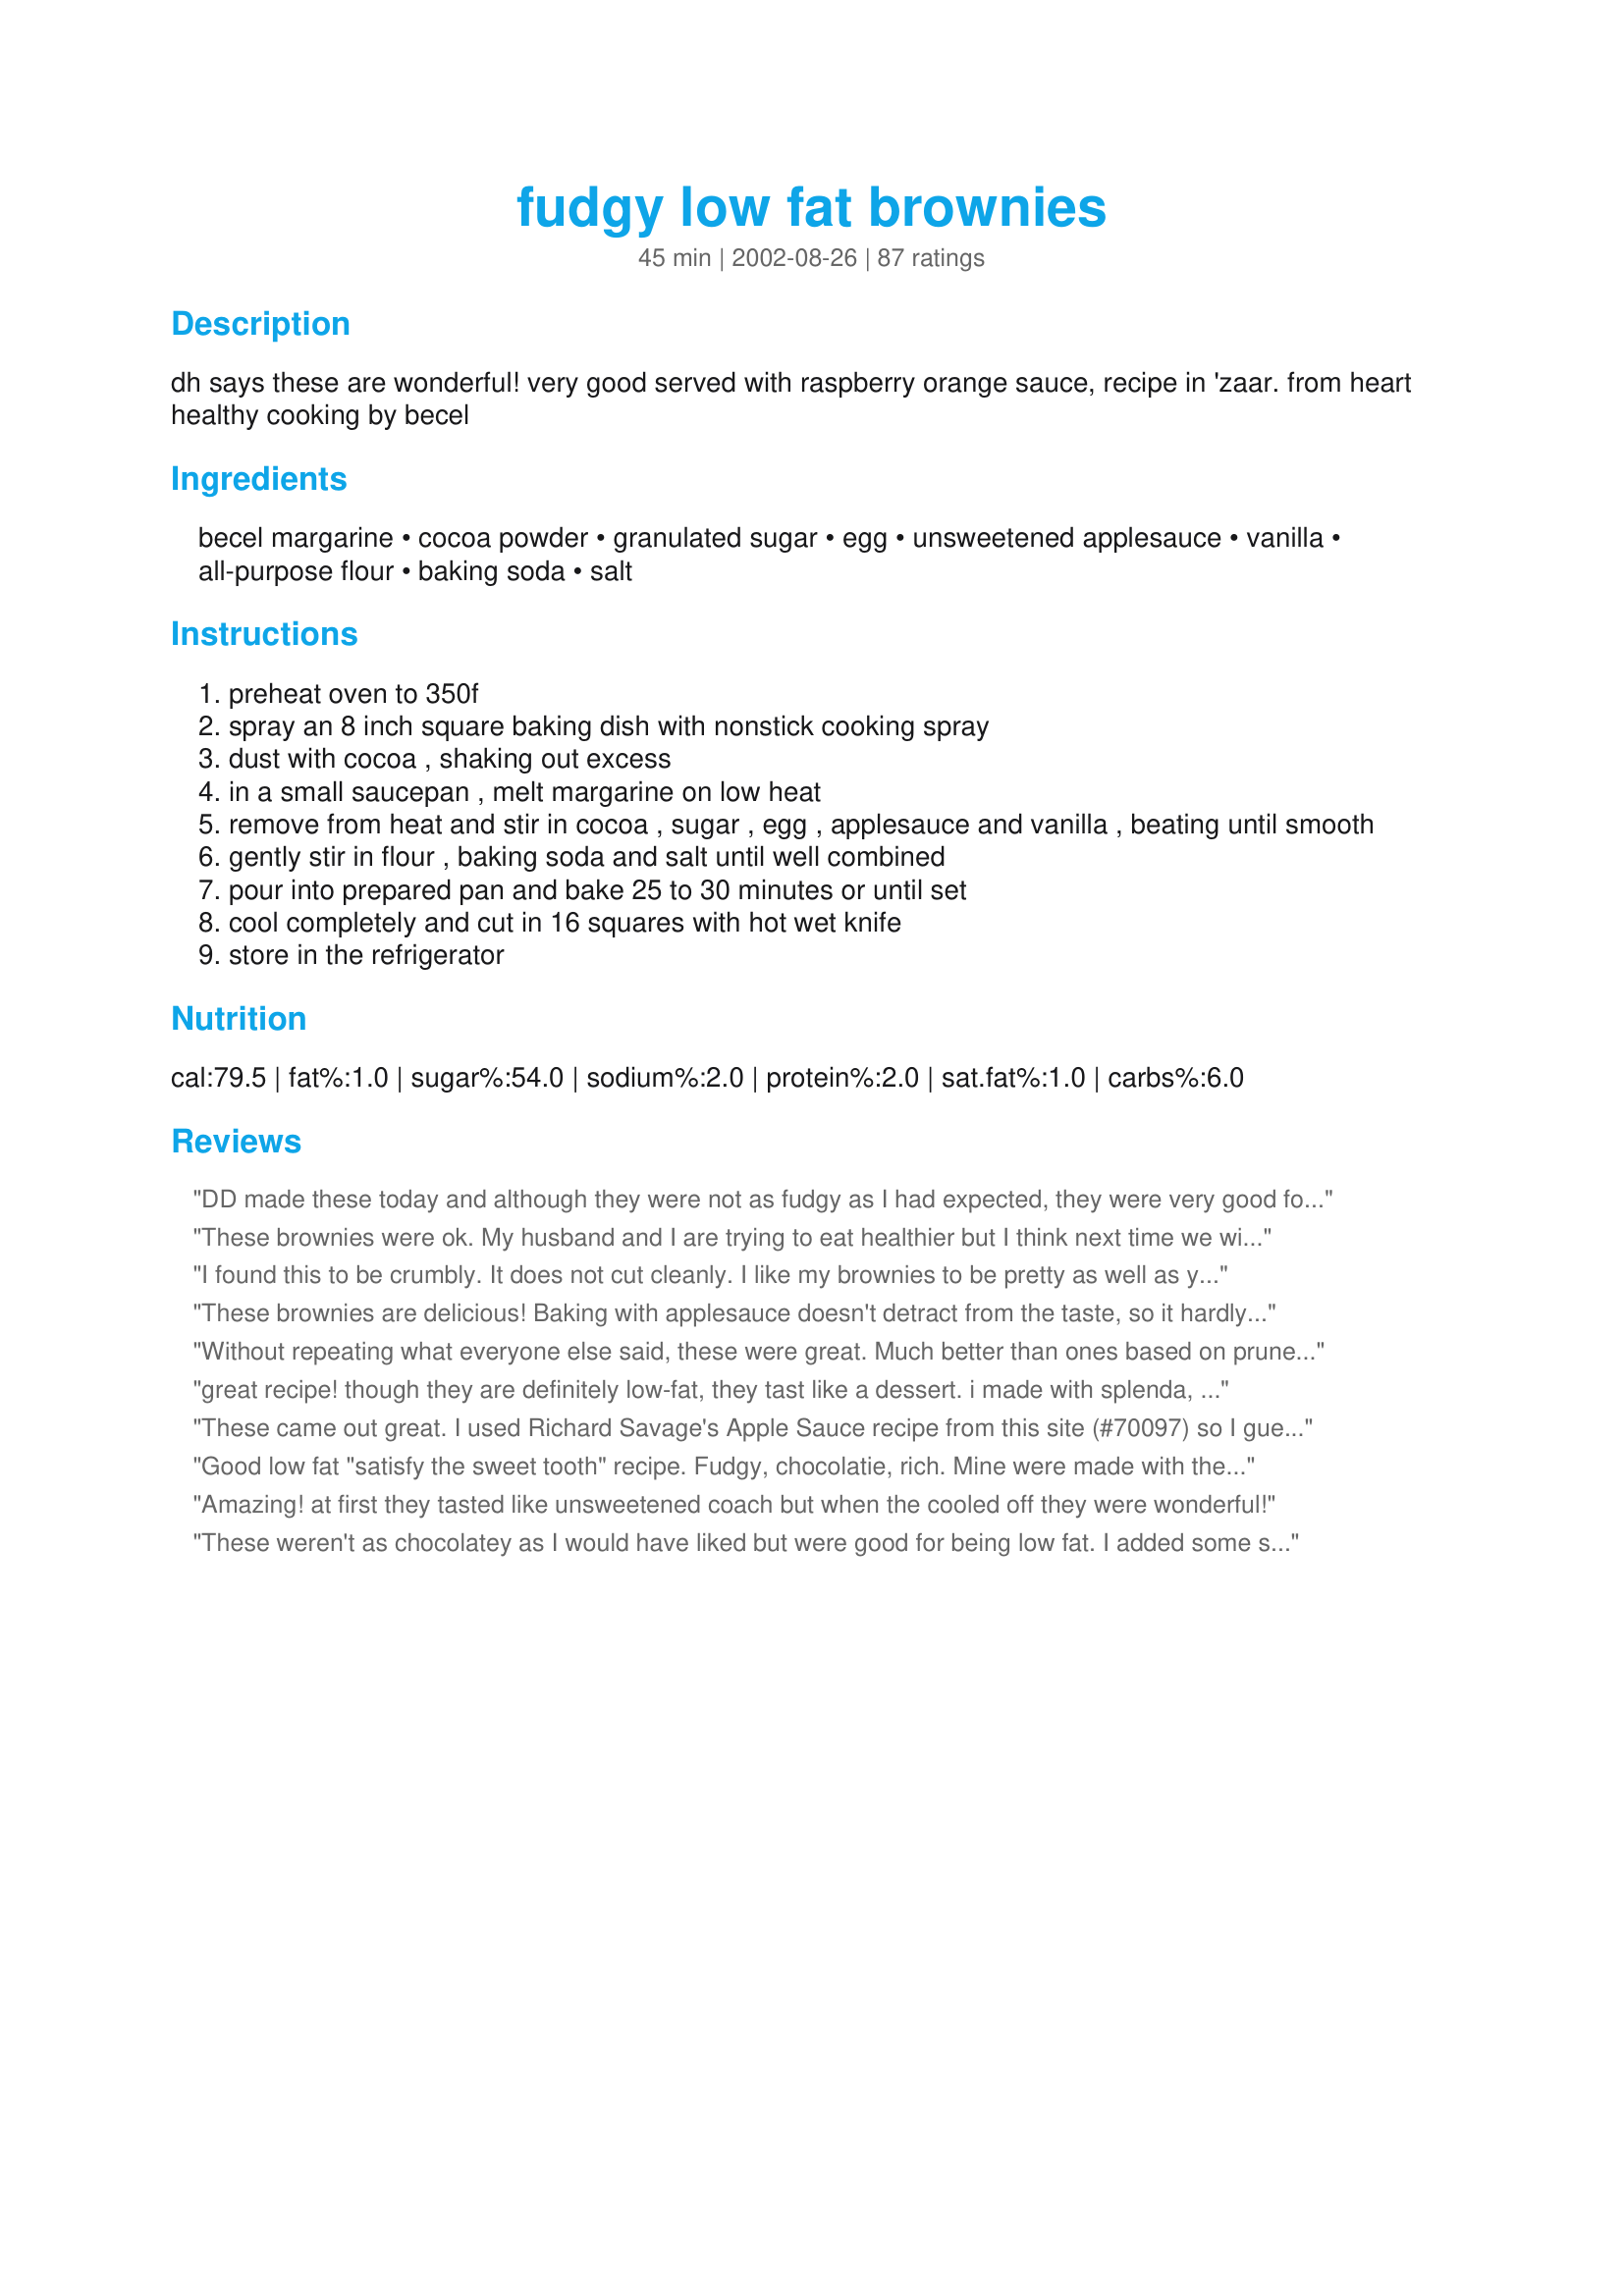
fudgy low fat brownies
Preparation time: 45 minutes

dh says these are wonderful! very good served with raspberry orange sauce, recipe in 'zaar. from heart healthy cooking by becel

Ingredients:
becel margarine, cocoa powder, granulated sugar, egg, unsweetened applesauce, vanilla, all-purpose flour, baking soda, salt

Steps:
preheat oven to 350f
spray an 8 inch square baking dish with nonstick cooking spray
dust with cocoa , shaking out excess
in a small saucepan , melt margarine on low heat
remove from heat and stir in cocoa , sugar , egg , applesauce and vanilla , beating until smooth
gently stir in flour , baking soda and salt until well combined
pour into prepared pan and bake 25 to 30 minutes or until set
cool completely and cut in 16 squares with hot wet knife
store in the refrigerator

Reviews:
DD made these today and although they were not as fudgy as I had expected, they were very good for a low fat brownie. DD follwed directions exactly, except did not hear timer so they cooked about 10 minutes longer than directed. They were a rich, deep dark cocolate cake-like brownie. DH loved them and DD put chocolate sauce on them (a true chocoholic!) I think these appeal to people that really like a dark, almost bitter chocolate. They are not too sweet. Thanks Derf for a real keeper.
These brownies were ok. My husband and I are trying to eat healthier but I think next time we will stick to our original fattening brownie recipe. They really were more like cake than brownies. The taste was good especially for the calorie and fat content.
I found this to be crumbly. It does not cut cleanly. I like my brownies to be pretty as well as yummy. Recipe #116119 is a better low fat brownie recipe.
These brownies are delicious! Baking with applesauce doesn't detract from the taste, so it hardly feels like a compromise to cut out the standard brownie amount of butter. Since chocolate is basically cocoa powder + fat, I took out 1 tbsp of butter and 3 tbps of cocoa powder and replaced it with 1 ounce of Guittard chocolate, which I melted with the other 1 tbsp of butter. I'll be baking more with applesauce from now on!
Without repeating what everyone else said, these were great. Much better than ones based on prune puree.
great recipe!
though they are definitely low-fat, they tast like a dessert.
i made with splenda, and, if my calculations are correct, 2 points for 1/6 of the recipe! definitely worth it, though i only baked them for 10 minutes.
thanks!
These came out great. I used Richard Savage's Apple Sauce recipe from this site (#70097) so I guess I didn't use "unsweetened" apple sauce. I also used low-fat corn margarine but it didn't seem to impact the taste or cooking in a noticeable way. Brought some in to work and my co-workers loved 'em as much as I did.
Good low fat "satisfy the sweet tooth" recipe. Fudgy, chocolatie, rich. Mine were made with the same margarine and Splenda as suggested. I only had a 9x9 pan so used that. I do believe they would be more gooie if I had used the 8x8 as stated. So, if you want a more "cake" brownie use a slightly larger pan. DH loved these. I sprinkled just a tad bit of powdered sugar on top before serving. I'll make these again. Thank Derf.
Amazing! at first they tasted like unsweetened coach but when the cooled off they were wonderful!
These weren't as chocolatey as I would have liked but were good for being low fat. I added some shredded coconut because that's what I like and they were good.
OMG!!! Can this really be a brownie? This was great! I made these as a gift for a brownie-lover and it is a good thing that I left after a small taste. The recipient put them away to eat after everyone else left. LOL. These are so moist; they are almost cake-like. I did add 1/2 C chopped walnuts. Now I can have brownies without the guilt. Thank you, thank you for the recipe!
These were delicious!!! Within seconds of making them, they were gone-in everybodies tummies. Ill definately be making this again!!!!!!
Loved these! I cheated and added mini chips, it's just a habit I can't resist. But these are the right amount cakey and fudgy. I reduced the sugar because I had sweetened applesauce (and cause of the chips). Thanks Derf!
Simply awesome. Just a hint of apple. Very moist and VERY fudgy! Definitely try this one out if you're in need of a chocolate fix!
These taste ok if you like "applesaucy" brownies. That's about all I could taste when I made them. Maybe covering them with a layer of frosting would've improved the taste a bit...
These tasted better right after baking, then the texture became too cakelike for our tastes, and not fudgy as I had expected. For a low fat brownie it may be A-Ok, and a good choice for people who absolutely have to cut fat from their diets but have a chocolate craving.
Pretty good for how low-calorie these are! I used all splenda, and I found the texture a bit...flakey? I'm not quite sure how to describe them. But if I need a chocolate fix, these are rich and lovely to suck on!
These are quick, easy and delicious and not too hard on the waistline. My husband says I can make them again, which is code for GRRRREAT! Next time I'll give the walnuts a try.
Yum! These were chocolatey and gooey AND easy to make...PLUS it's hard to believe they're low fat. I'll make these again and again for sure! Thanks, Derf!
Okay, I don't know where the few negative reviews for these brownies came from because mine turned out to be absolutely delicious! And get this, I used Smart Beat, Fat-Free spread instead of the margarine, and Egg Beaters instead of the egg. These alterations made them FAT FREE, but still EVERY bit as delicious! Thanks so much for sharing the recipe! A definite keeper!
Moist, fudgy - totally yummy. I also added about a 1/2 cup of roughly chopped walnuts, and although they didn't need it - I frosted them. These are really good if you want lots of chocolate flavor with very little guilt! I will make these again, but may have to double the recipe next time! -M :)
These were very moist and cake like. My family devoured them, and i don't think they could tell they were low-fat. I served them with a dollop of lite cool whip. DELICIOUS!
I agree with another reviewer who said the flavor of these was very strange. I am used to making low-fat desserts and using Splenda in baking, but somehow here it did not come together well, despite all the rave reviews. I gave these two stars because the textures was still fine - moist, if on the fluffy/cakey side.
For low fat brownies these are ace - not quite the real thing - but much better than the majority of low fat cakes. The only thing I found was that they had a slightly odd after taste, which I think may have been the Splender. I used Green and Blacks cocoa powder. I am in the UK and these work out at 1pt each, which is excellent.
I made several changes and ended up with something that really suited my tastes. I completely left out the butter/margarine and also reduced the sugar to only half a cup (though the applesauce I had turned out to be sweetened). Instead, I did add a chopped chocolate bar (100g, with pieces of nougat). This gave the brownies a good chocolate flavour with enough sweetness for me. With all of these changes I can't rate the recipe as it is, but it was a very good basis for my adaptations.
I liked the fact these were so low in fat. I don't feel so guilty about indulging! I did add walnuts, as I love lots of nuts in my brownies. Thanks Derf. Diane
They definitely taste like low fat, but without less of the cakey texture you often get with low-fat brownies%u2014very squishy-fudgy instead (maybe I should have baked them longer!) . I felt like they were too sweet (I'd rather have more fat, less sugar) but my husband thought they were not sweet enough. I mixed in a pint of fresh raspberries, which were delicious. I like that this recipe makes a small batch, so you don't have a big 9x13 pan of brownies sitting around.
Made these yesterday. They were gone in no time! Guess I have to make it again and again.
As a brownie lover, this is a terrific alternative. Also, cocoa powder has powerful antioxidants, so this is actually really nutritious! Thanks for the recipe!
Oh wow, wow, wow! These brownies were dark and fudgy and delicious! Absolutely amazing. This isn't one of those "good for low fat" recipes; this is just plain GOOD. Good even for those who couldn't care less about low fat. In order to get just 8 brownies, I halved the recipe (used just an egg white) and baked in a loaf pan. Excellent. Very highly recommended.
These are super fudgy! I halved th recipe, used a smaller pan and baked them for 5 minutes less. I used DARK Hershey's cocoa, and my brownies almost look black.. but absolutely melt in my mouth. So rich and gooey. I left them in the pan for 10-15 minutes before cutting them, and had no problems at all. Thanks!
These are very good! I didn't have low-fat margarine, but I;m sure they're still relatively kow-fat. My only complaint is that they;re a bit gooey (hot knife is definitely the key to cutting them up!) -- so next time I may try adding a bit more flour. I may also try cutting down a bit on the sugar -- they're plenty sweet! The family liked them, and they didn't even know they're low fat!
I must have done something wrong. I did not care for these. I know they are low fat but I've tasted low fat before and these just didn't do it for me. Sorry
I can't classify these as "lowfat" because they are so good, i ate almost half the pan before they even cooled completely. These brownies are delicious! Thank you for a wonderful recipe.
Tina Day
This is an AWESOME recipe! I substituted applesauce with pumpkin puree. YUM!
Oh my! These are great. I had high hopes for this recipe and was not disappointed. The only problem was that I didn't make a double batch. Half of them are already gone and my husband isn't even home from work yet. The kids and I both think these are right on. I used half sugar and half Splenda. The taste and texture is so good for a healthier version of brownies. Thanks for posting.
these were very good for low fat brownies. i only put in 3/4 cups of sugar and added a little more flour. i also put in some semi sweet chocolate morsels, and it turned out very good. my little kids loved them.
These are great. I didn't have a low fat margarine, so I used butter instead. However, I used Egg-Beaters instead of an egg. It all worked wonderfully. The hardest part is waiting for the brownies to cool before cutting them (and being able to taste them).
These were somewhat edible for us, but won't make again. They were extremely thin, and had a funny texture. I tried them warm (the best way to eat brownies for me), and they were awful. They did taste better once cooled. I used Splenda, and I thought it was too much of an aftertaste.
I'm sorry, but these brownies really didn't taste like brownies- They tasted more like a chocolate cake with a lack of flavor. I liked it how I had all the ingredients on hand (I used real butter, not Becel margarine), and the instructions were great. They were done right on time. Maybe I should put chocolate frosting on top, and say it is a cake? They were moist...I'm just bummed because I was really looking forward to the 'fudgy' part! I guess I'll just have to stick to the box mixes...

Thanks anyways!

Reminds me of flourless chocolate cake! I threw in a half cup of semi sweet chocolate chips. These are absolutely divine. Even my husband likes them (he rarely goes for low fat desserts).
Considering the low-sin factor, these chocolate treats are excellent! I subbed 3/4 cup of Splenda for the sugar and needed just a little more to get the sweetness I like. I may try adding Â¼ cup Splenda brown sugar next time. Then I added 2 tsp instant coffee to help in disguising the Splenda aftertaste. Baked for 20 minutes, the brownies did not rise very much but were gooey and terrific warm from the oven. How do they taste cool? I am sure I will never know! ;-) Thanks for sharing a winner of a recipe!
They were so moist and and very easy to make. I love the fact that they're low-fat. You can have your cake and eat it too.
I forgot to add the sugar until these were already in the pan, but they still worked out!! Mmmmmm! Make sure they're cool before slicing
These were great - and my hips are happy too. Or am i happier with my hips? Even BF liked them and he knew they were low fat (I try not to let him know). Making a double batch next time !!
Last night my fiance asked me to whip up some brownies so I found this recipe and headed off to the kitchen. He walked in while I was measuring out the applesauce and says, "Oh great, low fat brownies". Well once they came out of the oven I gave him a bite and his eyes lit up and he says "Wow, they taste like brownies!" That should say it all. Thank you Derf. Not sure what becel is but I used Smart Balance and Splenda. Will make this again.
this is great recipe - low fat or not! but i think 1 cup of sugar is waaay too sweet, so i cut it to 1/2. i used brown sugar, by the way. it's quite cakey though, i've never baked brownies before, so i'm not sure if it's supposed to like that. i topped it with some oatmeal-caramel mixture, and that add a bit a crunch to it. and some toasted walnuts too. all in all, a great treat. i managed to get about 30 slices.
Excellent low fat choice. I didn't have any buttermilk, so I soured 2% with a teaspoon or so of vinegar. I also used 1/4 cup of Egg Beaters instead of the regular egg. I used cheap applesauce which made the batter too runny, so I added another 1/4 cup of flour.
So good! My grandpa hadn't enjoyed a brownie for YEARS since he went on a heart healthy diet. he was in heaven! I added about 1/2 c. dark choc chips and they were delish! They don't keep well though, within 2 days they were pretty hard/chewy.
They smelled realy really good but taste-wise they were rather bland. My family didn't like them so I ended up making a frosting for them. They weren't as promising as I'd hoped they would be. The applesauce really over-powered it.
oh i love these. i made a double batch with, egg beaters and splenda, sooooo good.
Absolutely super wonderful! I made them in a muffin pan, and they turned out to be the perfect size.
I couldn't eat these. They had a very gross flavor. I tried it with Splenda. Maybe with sugar its better. I don't know, but I don't think I'll be trying this again. Oh, and mine looked nothing like any of the photos. Not even close. And I love to bake...followed this to a T.
I LOVE these brownies! At first the flavour was very good but they tasted kind of spongey/eggy to me, but after leaving them overnight in the fridge, I was surprised that they were so much better the next day! I cut down the sugar to about 2/3 cup, but kept everything else the same. I could maybe up the sugar to about 3/4 cup for a sweeter brownie next time, but I'm actually really happy with how sweet they are now. They really are fudgey and chocolatey and everyone was surprised that there was even applesauce in this since it was not noticeable at all. Definitely a winner! Thank you!
What a delicious low-fat treat! Yum! I made this in a 9 x 9 pan and baked for 23 minutes - perfect! I did make one big goof though: instead of regular sugar I accidentally used jam sugar, i.e. sugar with pectin!! (The two bags just look so alike and I wasn't paying attention and... :-?) I'll have to make these again (and trust me, I will!) with regular sugar and see how it affected the consistency - I thought it was perfect, actually! ;-) Thanks for a great recipe, Derf!!
i loved this recipe! i'm always looking for great ways to enjoy sweets without the guilt and my hubby just likes sweets;) i used splenda instead of sugar, 2 egg whites instead of an entire egg, and just one tablespoon of butter. i topped these with cool whip with some peanut butter mixed and we loved every last bite!
These are great! They're kind of light and gooey in a way that traditional brownies aren't - but they're very good in their own right. It would be a little too easy to eat an entire batch in one sitting (not that I'd know or anything).
This Lowfat Brownie recipe ROCKS! I have tried other lowfat brownie recipes made with apple sauce, but they lacked the chocolate goo of a real brownie. If you are going to try a lowfat brownie recipe try this one, it won't taste lowfat. The only suggestion I would have is to reduce the sugar-so it tastes more chocolately, less sweet.
Delicious! I added some finely grated walnuts to the top and it was delicious.
I would prefer a slightly more milk-chocolatey brownie, but only realized the missing ingredient AFTER I tasted it. Still, very fudgy and full of chocolate flavor. I might try adding some dry milk powder next time =)
yum yum yum yum yum yum yum!!!!!!!!! :D
the applesauce made it sooooooooooooooooooo moist!!! it was amazing!!! even after a couple hours of being out in the open they were still super moist!!!!! :D
I recently made these brownies, and found I had no eggs. So I decided to try something new, and I added low-fat vanilla yogurt in its place... It made the brownies more cake like. I must say I was surprised, but they actually came out better w/ the yogurt. This is a good recipe for people looking for a low-fat easy to make brownie.
This has a half cup of cocoa powder listed in the ingedients but doesn't say when to add it to the recipe. I combined it in with the flour, baking soda and salt and it turned out just wonderful. Great tasting brownies. Very delicious with the Raspberry Orange sauce.
Very good brownies. You can definitely tell they are low fat, but they are great when you need a chocolate fix. They are really good with icecream! And to keep it low fat, I used the no sugar added icecream from blue bell.
Excellent! Thank you for a low fat gooey brownie recipie (although I probably cancelled the low fat part by having them with ice cream). Cheers!
oh my goodness!!!!!!these were to die for.I mix in some nuts,and tried the rasberry orange sauce on top(this taste better on vanilla ice cream) The directions not to clear,but once I re-made it it was wonderful
These are a nice low-fat treat. My kids loved them even after I told them they are low-fat....I will be making these again. They are very moist and GREAT ! :)
Terrific. They are really easy to make and tasted great. I'll be making this recipe again!
These are just amazing. Not only because they are low fat but because they are delicious!!! I made a few adjustments for mine; I used regular butter and I didn't have any applesauce so I used non-fat yogurt. I also added walnuts. The yogurt gave them a slight tang and a nice tenderness. My whole family loved them. I will definitely be making them often. In fact, I think I 'm going to make them tonight :). Thank you sooo much.
I was skeptical, but it satisfied my brownie craving without all the guilt!
I thought these were ok brownies. Fudgy and dense with decent flavor. I used 2/3 sugar and 1/3 splenda and 2 egg whites instead of a whole egg. They are decent low-fat brownies. I think I am more of a cakey brownie fan, though! Thanks for the recipe!
For being a 'more healthy' brownie recipe, this one is pretty good!
okay, this is more like 3.5 stars...

It's CAKEY. There is no way around that. It's moist but definately like a cake. If I put it in a round pan and frosted it I would have a cake. There is nothing reminicient of the fudgy brownies in there at all. Now it's got a bit of a skin on top, which tastes kind of eggy, which is interesting seeing as there only is one egg. It's just kind of omlette-y.

It's good and I'll eat bunches of them, but not because they are so flavorful...just cause I'm too lazy to make a REAL dinner.

Moist and fluffy,but short on flavor. Great texture for a cake...like 4 stars w/2 star flavor.
These are very good, my son is a diabetic and hasn't had a brownie in a few years and he was delighted. I think next time a might top it with a sugar free icing to put it over the top for him. I doubled the recipe and used splenda. Thank you.
these were really sweet and fudgy. a bit sticky for our tatse, i did cook them an extra 10 minutes. i used apple-peach sauce and added walnuts, no icing required. i love the fact that theey are kow fat!
My gallbladder's been acting up so I haven't been able to eat a lot of fatty food. Of course, that's when I get hungry for ALL sorts of desserts that are bad for me! This, however, was GREAT! I was craving a easy to make, low fat brownie and this recipe delivered. I'll probably make it with less splenda next time, but that's only because I almost ALWAYS use less splenda than the recipe requires!
I liked these. I only had half the vanilla (shame on me!) so I subbed the other half with almond extract. They are very fudgy and yummy. The cure for the common sweet tooth!
I used splenda and I thought they weren't very sweet a too chewy/moist. But my boyfriend liked them.
Brilliant!! You would not believe these are low fat. I made my own apple sauce by microwaving two large chopped apples and mushing them up. You can't taste the apple at all. I will make these again and again!!
i cannot say enough good things about these brownies. i did decrease the amount of applesauce to 1/2 cup though, but they were still the best i've ever had!!
Those were really good! It's a keeper :D
Delicious! Wonderful lowfat comfort food! I made it exactly as directed. I ate my piece with half of a sliced apple, and drizzled the whole thing with a bit of fat free caramel ice cream topping. Yum! Thank you!
Very fudgy, indeed! Great brownies... I used gluten-free flour with a tablespoon of ground flax (to help bind it) and added a dash of coffee to intensify the cocoa flavor. Thanks!
I added a layer of cream cheese filling to these - they were so yummy :) Totally hit the brownie spot without breaking the fat and calorie bank!
easy and yummy! I cheated and added some melted semi-sweet chocolate chips, but I also cut the sugar by 1/2cup. They turned out lovely and quite good!
These are still cooling in the pan but I did steal a small sliver to taste it, and they're wonderful! I cut the recipe in half & used 1/3 cup Splenda (sweetness was perfect). I also used whole wheat flour & accidently used baking powder, but they seem Ok! I also used reduced fat margarine. Thank u so much for sharing; can't wait till they cool so I can cut them!
I agree with vlynn and bec i'm afraid, i had really high hopes for this recipe, from its description and the glowing reviews other people gave, and although i am now looking at a moist, dense brown cakey-type thing, it doesn't taste all that chocolately, or indeed, of much at all, and neither is it especially fudgy. I liked the fact that it was a really easy recipe, but am a little disappointed with the outcome ^_^ sorry!
